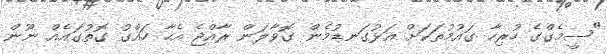
"ސީމެގްގެ ހުރިހާ ގައުމުތަކަށް އަޅުގަނޑުމެން ގޮވާލަން ރާއްޖެ އެހާ ހައްގު ގޮތުގައެއް ނޫން